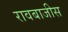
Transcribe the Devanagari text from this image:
रावबाजीस